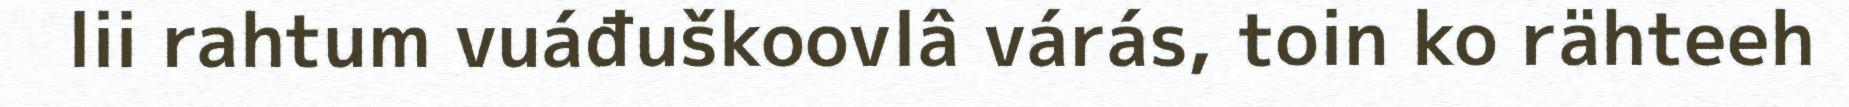
lii rahtum vuáđuškoovlâ várás, toin ko rähteeh